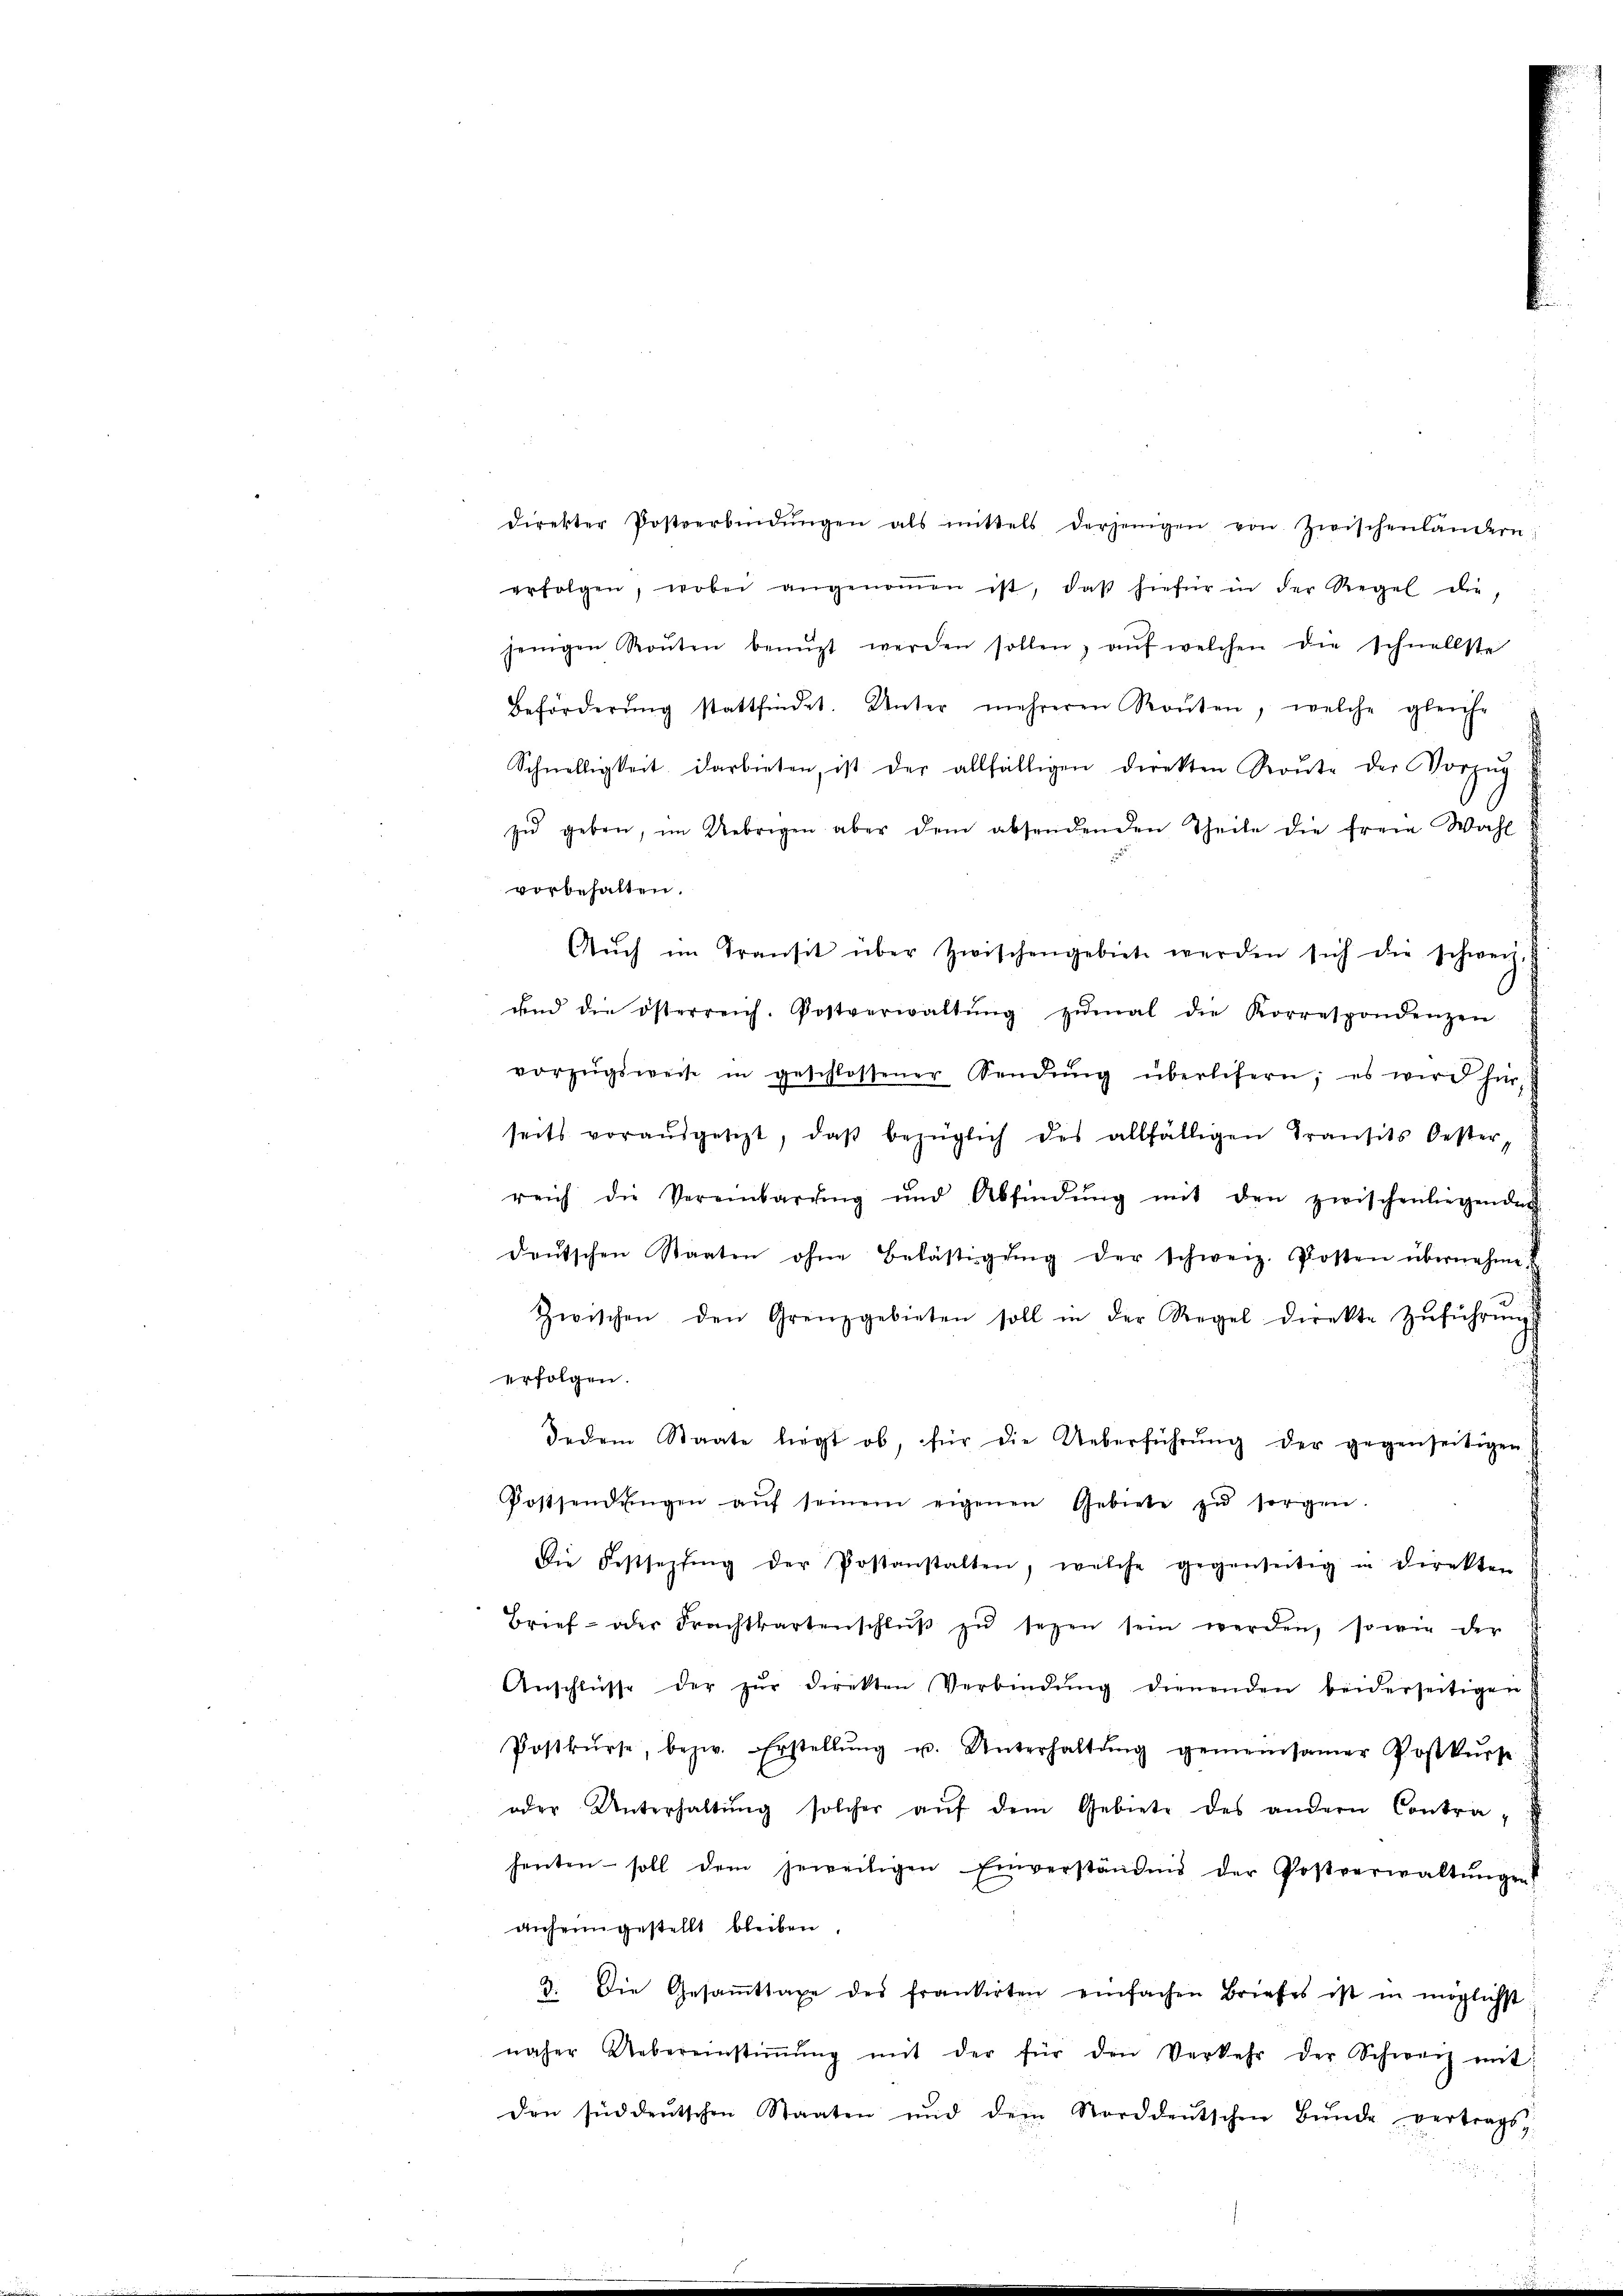
direkter Postverbindŭngen als mittels derjenigen von Zwischenlandern;
erfolgen, wobei angenoṁen ist, daß hiefür in der Regel die
jenigen Routen benuzt werden sollen, aŭf welchen die schnellste
Beförderŭng stattfindet. Unter mehreren Routen, welche gleiche
Schnelligkeit darbieten, ist der allfälligen direkten Raŭte der Vorzŭg
zŭ geben, im Uebrigen aber dem absendenden Theile die freie Wahl
vorbehalten.
uend die österreich. Postverwaltŭng zŭmal die Korrespondenzen
vorzugsweise in geschlossener Sendŭng überlesern; es wird für
seits voraŭsgesezt, daβ bezüglich des allfälligen Transits Oester,
reich die Vereinbarŭng und Abfindŭng mit den zwischenliegender
deŭtschen Staaten ohne Belästigŭng der schweiz. Posten übernehme
Zwischen den Grenzgebieten soll in der Regel direkte Zŭführŭngs
A
erfolgen.
Jedem Staate liegt ob, für die Ueberführŭng der gegenseitigen
Postsendŭngen aŭf seinem eigenen Gebiete zŭ sorgen.
Die Festsezing der Postanstalten, welche gegenseitig in direkten
Brief- oder Frachtbartenschlŭβ zŭ sezen sein werden, sowie der
Anschlüsse der zŭr Direkten Verbindŭng dienenden beiderseitigen
Postkŭrse, bezw. Erstellŭng u. Unterhaltŭng gemeinsamer Postkŭrse
oder Unterhaltŭng solcher aŭf dem Gebiete des andern Contra-
henten soll dem jeweiligen Einverständnis der Postverwaltŭngen
anheimgestellt bleiben.
2. Die Gesaṁttaxe des frankirten einfachen Briefes ist in möglichst
näher Uebereinstiṁŭng mit der für den Verkehr der Schweiz mit:
den süddeutschen Staaten und dem Norddeutschen Bŭnde vertrags,

Aŭch im Transit über zwischengebiet werden sich die schweiz.